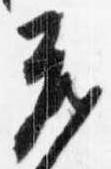
蔵